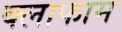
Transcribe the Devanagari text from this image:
क्लाफाम